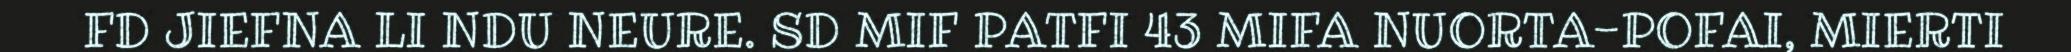
FD JIEFNA LI NDU NEURE. SD MIF PATFI 43 MIFA NUORTA-POFAI, MIERTI